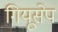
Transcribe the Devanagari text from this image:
गियूसेप